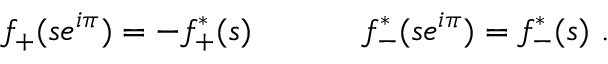
f _ { + } ( s e ^ { i \pi } ) = - f _ { + } ^ { \ast } ( s ) ~ ~ ~ ~ ~ ~ ~ ~ ~ ~ f _ { - } ^ { \ast } ( s e ^ { i \pi } ) = f _ { - } ^ { \ast } ( s ) ~ .